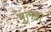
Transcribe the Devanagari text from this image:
मुलडर